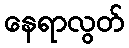
နေရာလွတ်